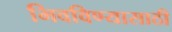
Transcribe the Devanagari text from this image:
भिवविण्यासाठी